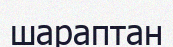
шараптан